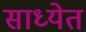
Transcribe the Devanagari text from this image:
साध्येत